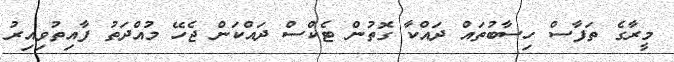
މީރާގެ ތަފާސް ހިސާބުތައް ދައްކާ ގޮތުން ޓެކްސް ދައްކަން ޖެހޭ މުއްދަތު ފާއިތުވިއިރު